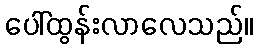
ပေါ်ထွန်းလာလေသည်။